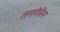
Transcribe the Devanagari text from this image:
तनगेरिन